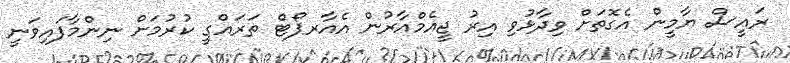
ރައީސް ޔާމީން އެގޮތަށް ވިދާޅުވި އިރު ޖީއެމްއާރުން އެއާރޕޯޓް ތަރައްގީ ކުރުމަށް ނިންމާފައިވަނީ